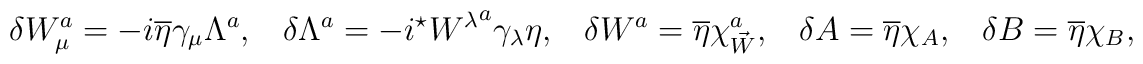
\delta W_{\mu}^a = -i\overline{\eta}\gamma_{\mu}\Lambda^a, \;\;\;\delta \Lambda^a = -i{}^{\star}{W^{\lambda}}^a\gamma_{\lambda}\eta, \;\;\;\delta W^a = \overline{\eta}\chi_{\vec{W}}^a, \;\;\;\delta A = \overline{\eta}\chi_A, \;\;\;  \delta B = \overline{\eta}\chi_B,